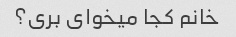
خانم کجا میخوای بری؟